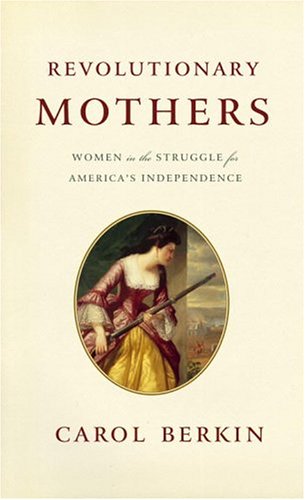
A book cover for Revolutionary Mothers: Women in the Struggle for America's Independence; Carol Berkin; Politics & Social Sciences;